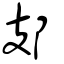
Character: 𨙸